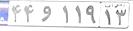
۴۴و۱۱۹۱۳